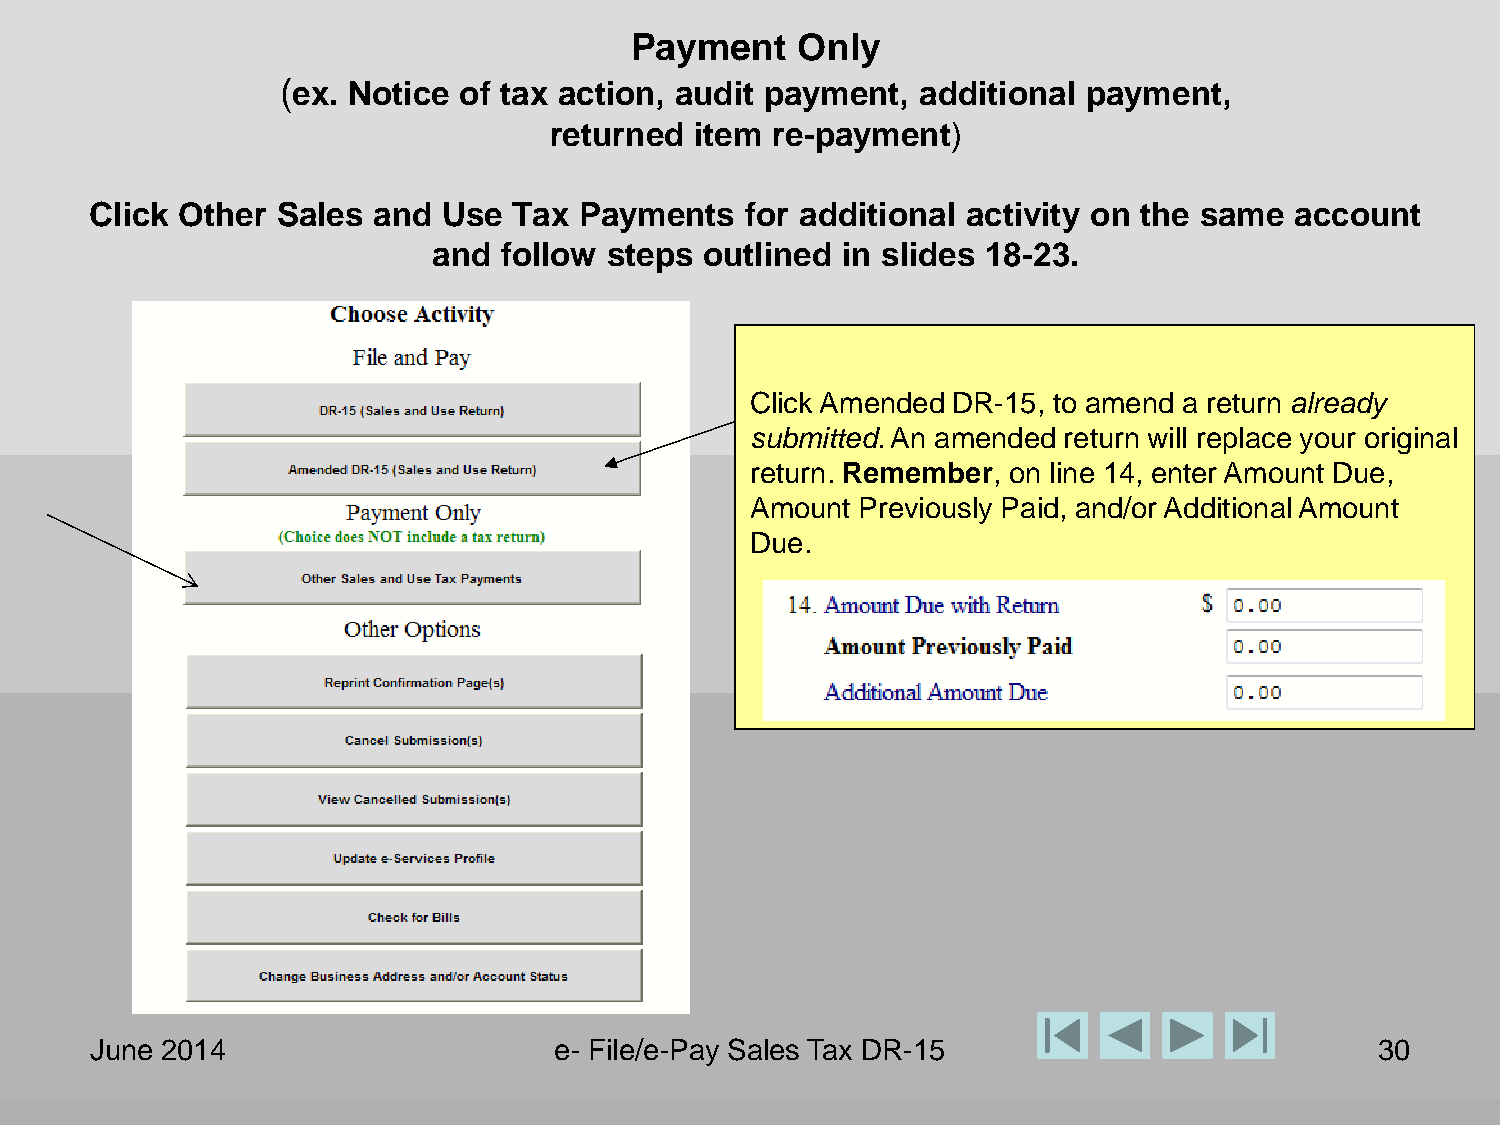
Payment    Only
 (ex. Notice of tax action, audit payment, additional payment,
 returned  item re-payment)
 Click Other Sales  and Use  Tax Payments   for additional activity on the same  account
 and follow steps  outlined in slides 18-23.
 Click Amended DR-15, to amend a return already
 submitted. An amended return will replace your original
 return. Remember, on line 14, enter Amount Due,
 Amount Previously Paid, and/or Additional Amount
 Due.
 June 2014                      e- File/e-Pay Sales Tax DR-15                         30